[Report on the health of British troops in the Madras command]
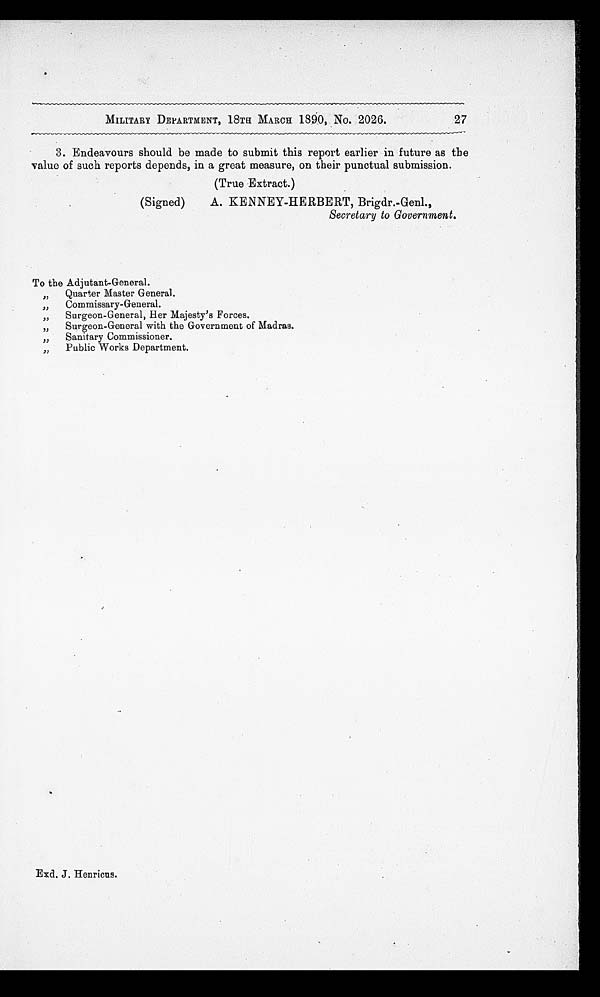
MILITARY DEPARTMENT, 18TH MARCH 1890, No. 2026.
27
3. Endeavours should be made to submit this report earlier in future as the
value of such reports depends, in a great measure, on their punctual submission.
(True Extract.)
(Signed) A. KENNEY-HERBERT, Brigdr.-Genl.,
Secretary to Government.
To the Adjutant-General.
" Q u a r t e r M a s t e r G e n e r a l .
Commissary-General.
, ,
" Surgeon-General, Her Majesty's Forces.
3
" Surgeon-General with the Government of Madras.
" Sanitary Commissioner.
Exd. J. Henricus.